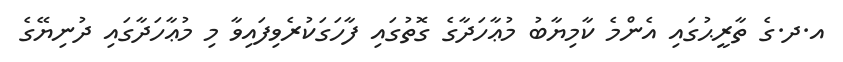
އ.ދ.ގެ ތާރީޙުގައި އެންމެ ކާމިޔާބު މުޢާހަދާގެ ގޮތުގައި ފާހަގަކުރެވިފައިވާ މި މުޢާހަދާގައި ދުނިޔޭގެ